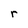
Character: r